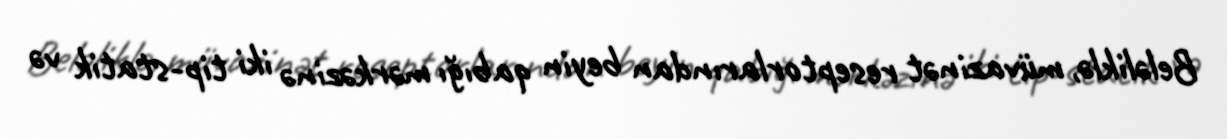
Beləliklə, müvazinət reseptorlarından beyin qabığı mərkəzinə iki tip-statik və